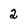
Character: 2